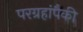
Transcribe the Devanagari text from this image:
परग्रहांपैकी